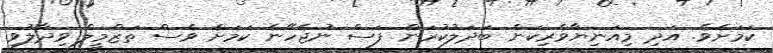
ކަމަށެވެ. އަދި މިއަނިޔާވެރިކަން ބަދަލުކުރަން ފަސް ނުޖެހޭނެ ކަމަށް ވެސް ތަޒްމީލް ވިދާލުވި